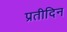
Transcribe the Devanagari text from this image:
प्रतीदिन